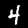
Digit: 4